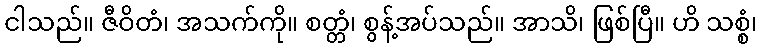
ငါသည်။ ဇီဝိတံ၊ အသက်ကို။ စတ္တံ၊ စွန့်အပ်သည်။ အာသိ၊ ဖြစ်ပြီ။ ဟိ သစ္စံ၊